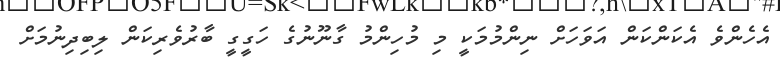
އެހެންވެ އެކަންކަން އަވަހަށް ނިންމުމަކީ މި މުހިންމު ގާނޫނުގެ ހަގީގީ ބާރުވެރިކަން ލިބިދިނުމަށް